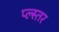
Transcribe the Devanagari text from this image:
प्ल्स्तर